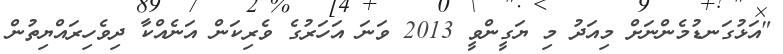
"އަޅުގަނޑުމެންނަށް މިއަދު މި ޔަގީންވީ 2013 ވަނަ އަހަރުގެ ވެރިކަން އަނެއްކާ ދިވެހިރައްޔިތުން